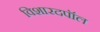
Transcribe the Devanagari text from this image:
विशारदपॉल